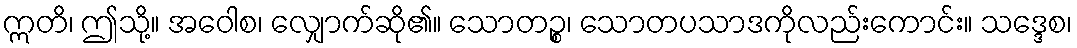
ဣတိ၊ ဤသို့။ အဝေါစ၊ လျှောက်ဆို၏။ သောတဉ္စ၊ သောတပသာဒကိုလည်းကောင်း။ သဒ္ဒေစ၊